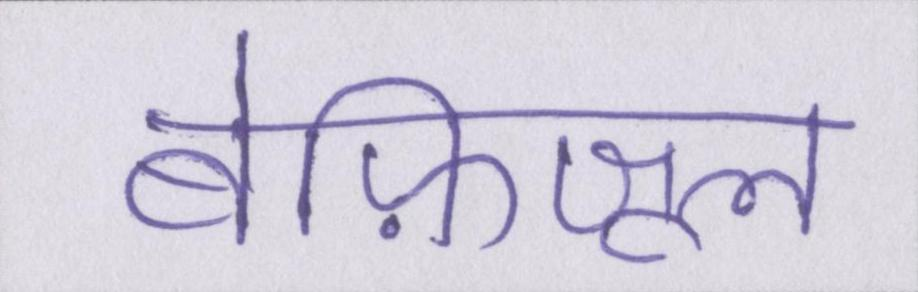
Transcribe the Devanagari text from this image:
बेफ़िजूल